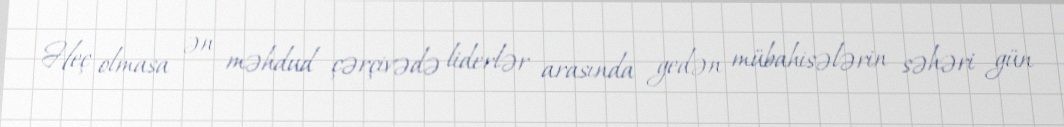
Heç olmasa ən məhdud çərçivədə liderlər arasında gedən mübahisələrin səhəri gün